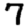
Digit: 7